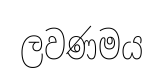
ලවණමය